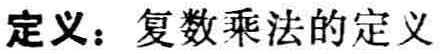
定义：复数乘法的定义